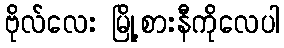
ဗိုလ်လေး မြို့စားနီကိုလေပါ